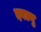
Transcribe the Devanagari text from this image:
दबल्यु